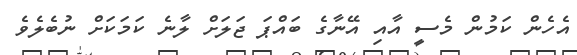
އެހެން ކަމުން މެސީ އާއި އޭނާގެ ބައްޕަ ޖަލަށް ލާނެ ކަމަކަށް ނުބެލެވެ